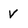
Character: v